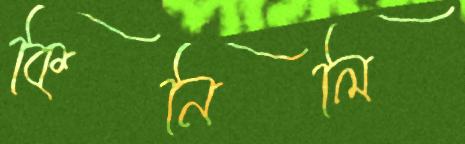
কিনিলি